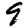
Digit: 9